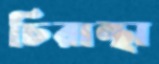
চিরান্থা